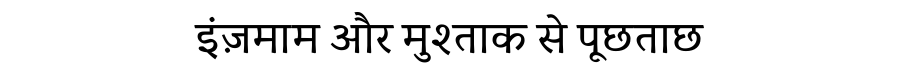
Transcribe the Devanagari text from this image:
इंज़माम और मुश्ताक से पूछताछ